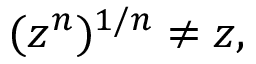
( z ^ { n } ) ^ { 1 / n } \neq z ,